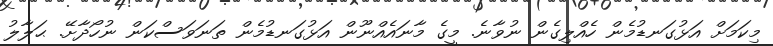
މިކަމަށް އަޅުގަނޑުމެން ހެއްލިގެން ނުވާނެ. މީގެ މާނައެއްނޫން އަޅުގަނޑުމެން ތަނަވަސްކަން ނުހޯދާށޭ. ޙަލާލު